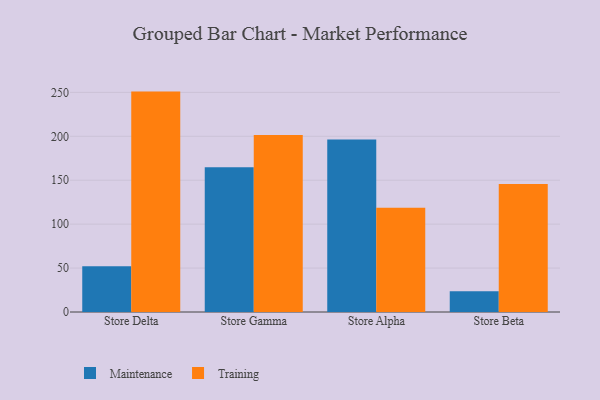
{"axis": {"x": "Store", "y": "Website Visitors"}, "legend": ["Maintenance", "Training"], "data": [{"x": "Store Delta", "y": 52.0, "type": "Maintenance"}, {"x": "Store Delta", "y": 250.9, "type": "Training"}, {"x": "Store Gamma", "y": 164.8, "type": "Maintenance"}, {"x": "Store Gamma", "y": 201.5, "type": "Training"}, {"x": "Store Alpha", "y": 196.4, "type": "Maintenance"}, {"x": "Store Alpha", "y": 118.6, "type": "Training"}, {"x": "Store Beta", "y": 23.6, "type": "Maintenance"}, {"x": "Store Beta", "y": 145.8, "type": "Training"}]}